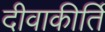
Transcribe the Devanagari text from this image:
दीवाकीर्ति